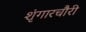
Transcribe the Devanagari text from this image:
शृंगारचौरी